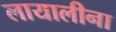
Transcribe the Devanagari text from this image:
लायालीना